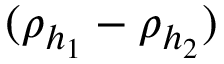
( \rho _ { h _ { 1 } } - \rho _ { h _ { 2 } } )